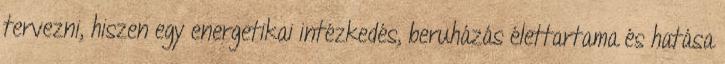
tervezni, hiszen egy energetikai intézkedés, beruházás élettartama és hatása